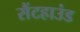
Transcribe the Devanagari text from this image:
सैंटहाउंड